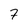
Character: 7